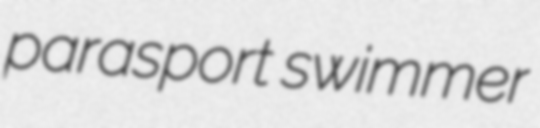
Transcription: parasport swimmer